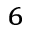
^ { 6 }